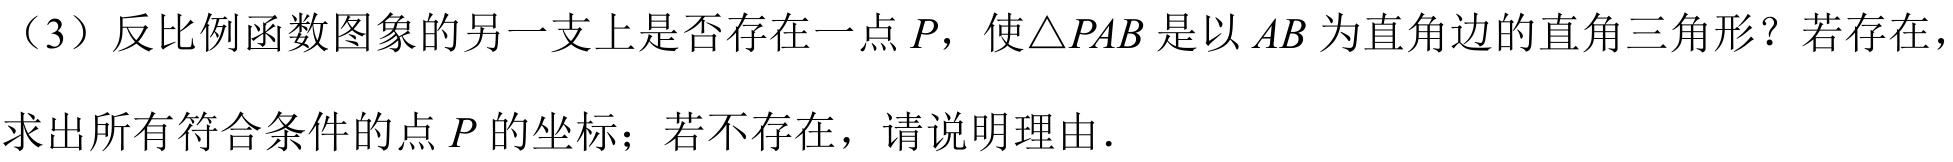
（3）反比例函数图象的另一支上是否存在一点$P$，使$\triangle PAB$是以$AB$为直角边的直角三角形？若存在，
求出所有符合条件的点$P$的坐标；若不存在，请说明理由.